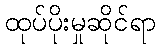
ထုပ်ပိုးမှုဆိုင်ရာ